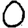
Digit: 0